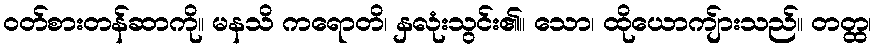
ဝတ်စားတန်ဆာကို။ မနသိ ကရောတိ၊ နှလုံးသွင်း၏။ သော၊ ထိုယောကျ်ားသည်။ တတ္ထ၊